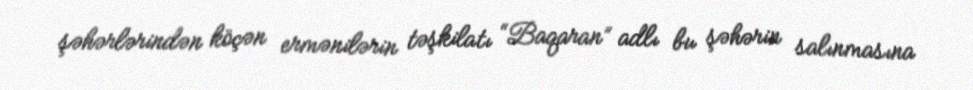
şəhərlərindən köçən ermənilərin təşkilatı “Baqaran” adlı bu şəhərin salınmasına